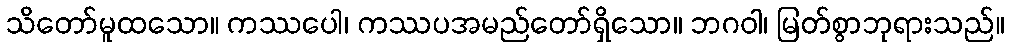
သိတော်မူထသော။ ကဿပေါ၊ ကဿပအမည်တော်ရှိသော။ ဘဂဝါ၊ မြတ်စွာဘုရားသည်။